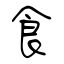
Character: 食